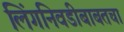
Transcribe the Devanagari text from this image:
लिंगनिवडीबाबतचा